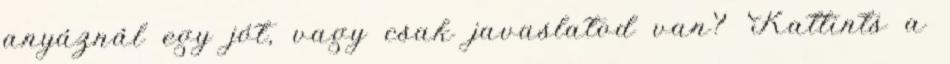
anyáznál egy jót, vagy csak javaslatod van? Kattints a